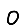
Digit: 0